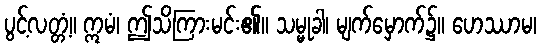
ပွင့်လတ္တံ့။ ဣမံ၊ ဤသိကြားမင်း၏။ သမ္မုခါ၊ မျက်မှောက်၌။ ဟေဿာမ၊